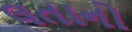
લતાનો